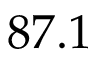
8 7 . 1